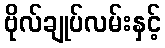
ဗိုလ်ချုပ်လမ်းနှင့်